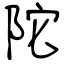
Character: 陀